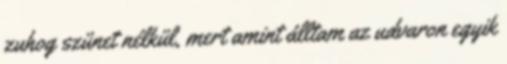
zuhog szünet nélkül, mert amint álltam az udvaron egyik